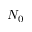
N _ { 0 }